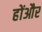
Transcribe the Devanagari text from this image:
होंऔर